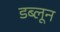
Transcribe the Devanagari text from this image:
डब्लून